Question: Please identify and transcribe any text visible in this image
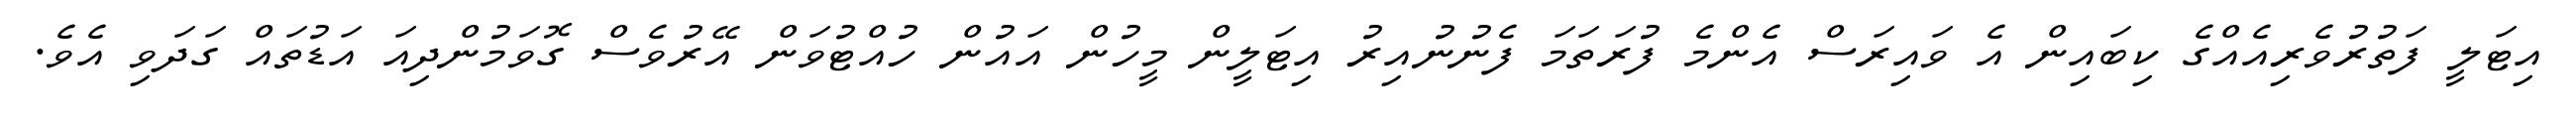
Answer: އިޓަލީ ފަތުރުވެރިއެއްގެ ކިބައިން އެ ވައިރަސް އެންމެ ފުރަތަމަ ފެނުނުއިރު އިޓަލީން މީހުން އައުން ހުއްޓުވަން އޭރުވެސް ގޮވަމުންދިއަ އަޑުތައް ގަދަވި އެވެ.